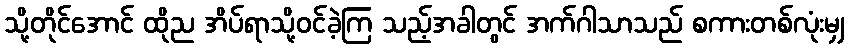
သို့တိုင်အောင် ထိုည အိပ်ရာသို့ဝင်ခဲ့ကြ သည့်အခါတွင် အက်ဂါသာသည် စကားတစ်လုံးမျှ